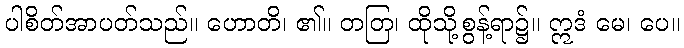
ပါစိတ်အာပတ်သည်။ ဟောတိ၊ ၏။ တတြ၊ ထိုသို့စွန့်ရာ၌။ ဣဒံ မေ၊ ပေ။